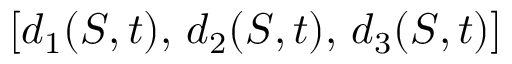
[ d _ { 1 } ( S , t ) , \, d _ { 2 } ( S , t ) , \, d _ { 3 } ( S , t ) ]